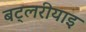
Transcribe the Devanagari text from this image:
बट्लरीयाइ